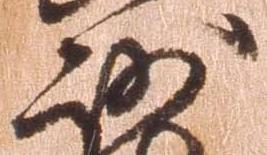
沙